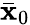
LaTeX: \bar{\mathbf x}_{0}